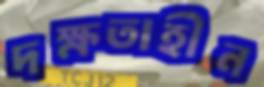
দক্ষতাহীন